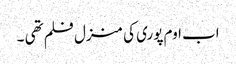
اب اوم پوری کی منزل فلم تھی ۔